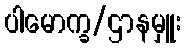
ပါမောက္ခ/ဌာနမှူး